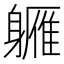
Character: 軅